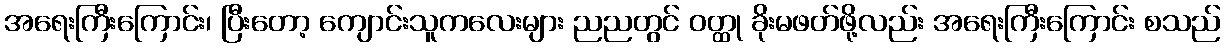
အရေးကြီးကြောင်း၊ ပြီးတော့ ကျောင်းသူကလေးများ ညညတွင် ဝတ္ထု ခိုးမဖတ်ဖို့လည်း အရေးကြီးကြောင်း စသည်